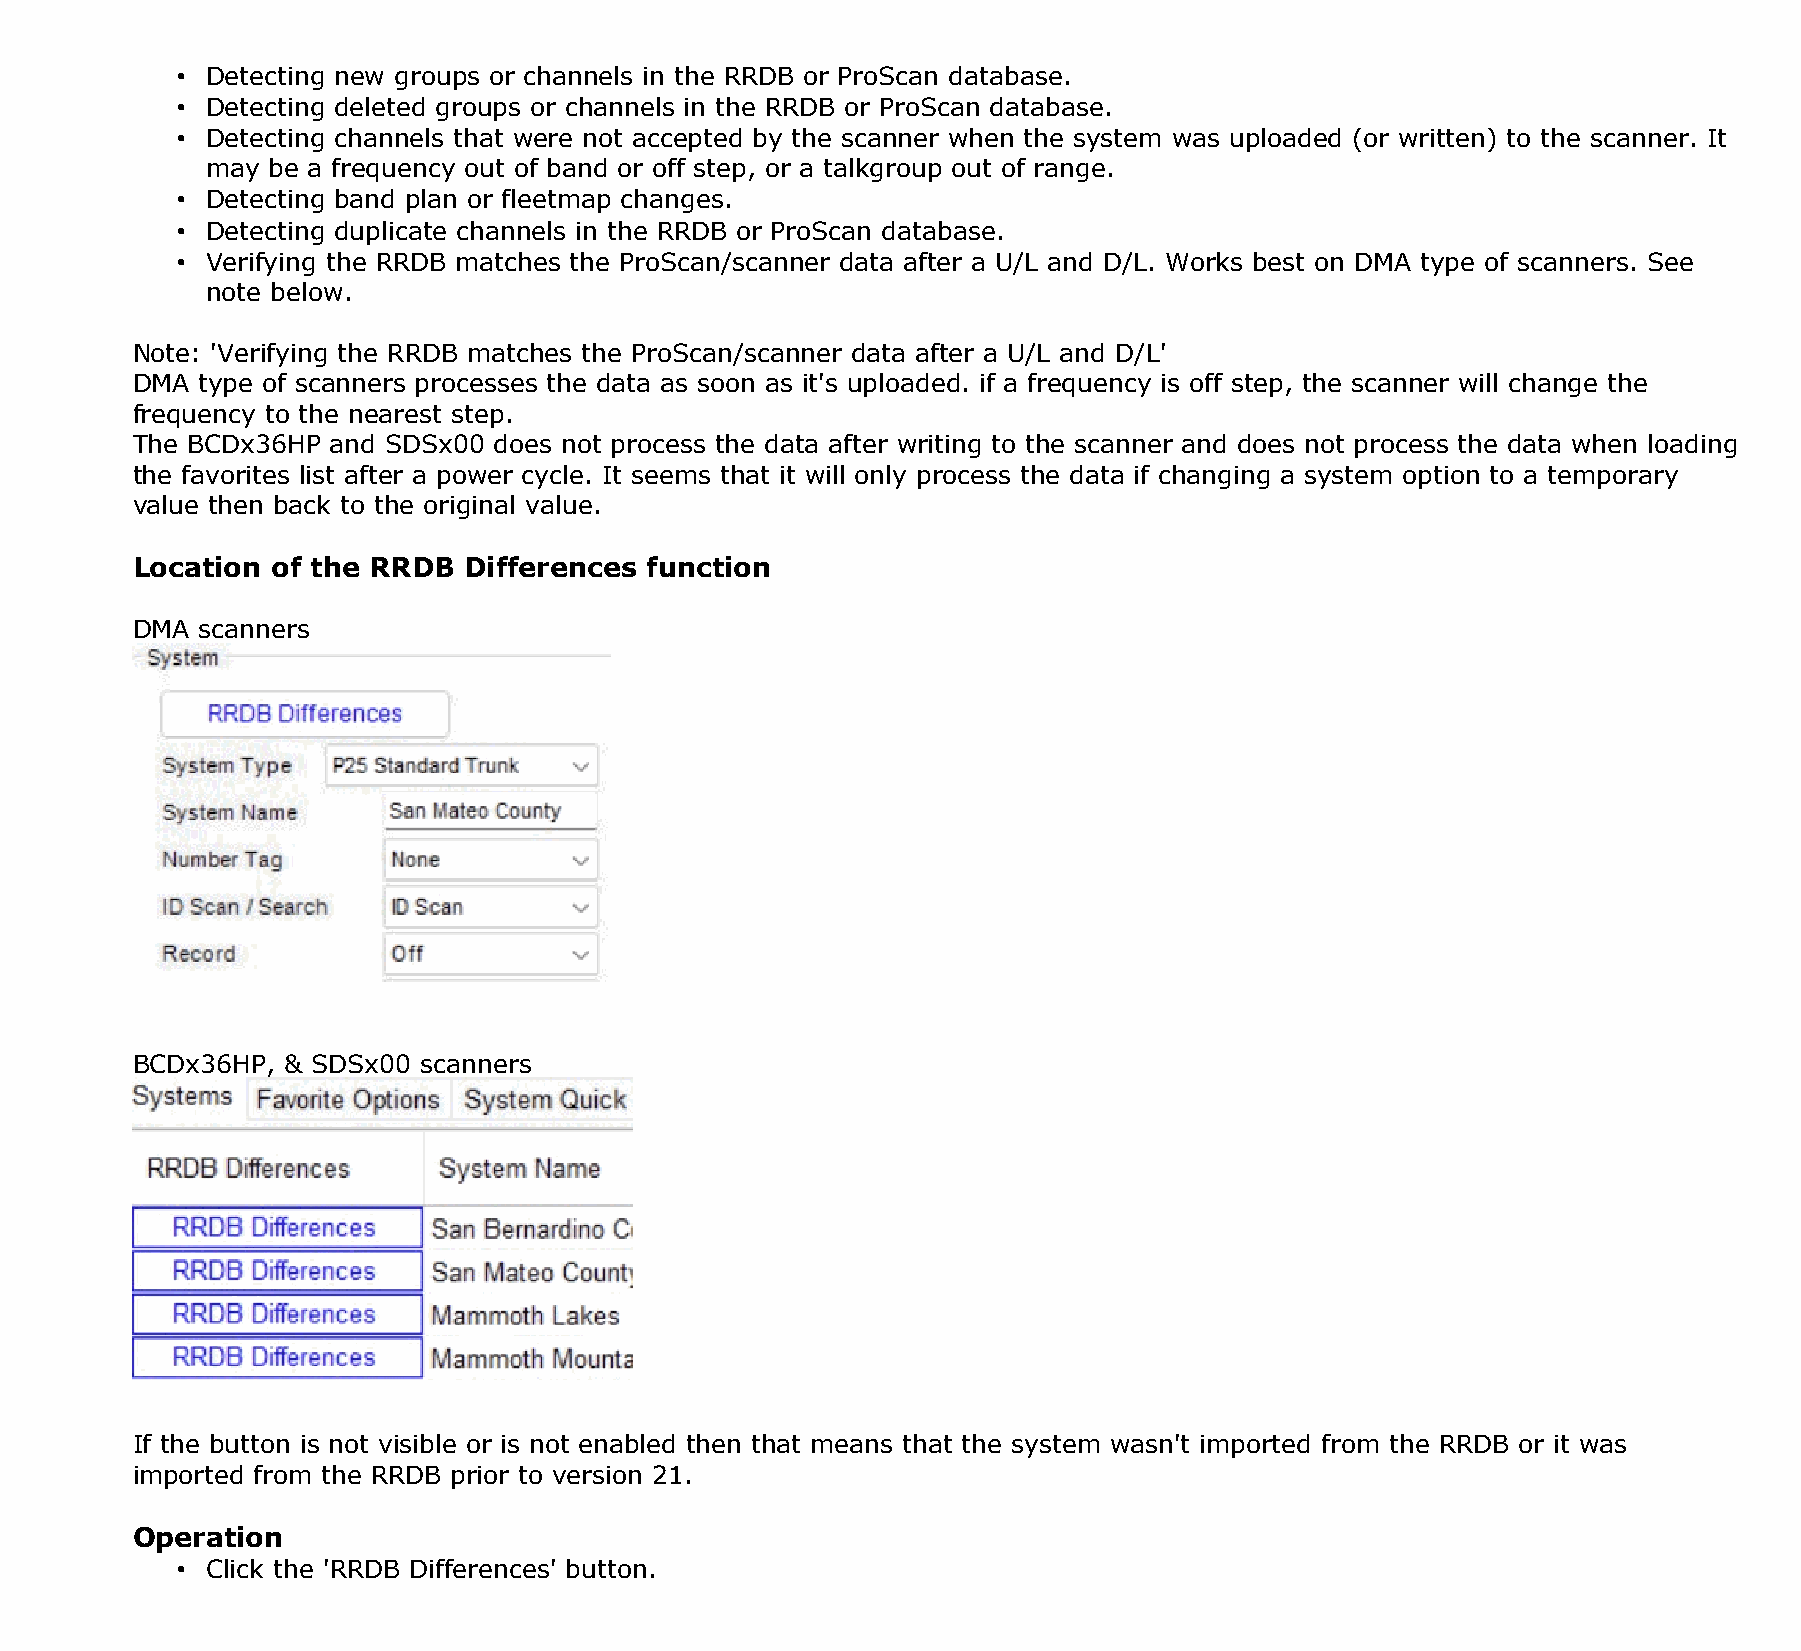
• Detecting new groups or channels in the RRDB or ProScan database.
 • Detecting deleted groups or channels in the RRDB or ProScan database.
 • Detecting channels that were not accepted by the scanner when the system was uploaded (or written) to the scanner. It
 may be a frequency out of band or off step, or a talkgroup out of range.
 • Detecting band plan or fleetmap changes.
 • Detecting duplicate channels in the RRDB or ProScan database.
 • Verifying the RRDB matches the ProScan/scanner data after a U/L and D/L. Works best on DMA type of scanners. See
 note below.
 Note: 'Verifying the RRDB matches the ProScan/scanner data after a U/L and D/L'
 DMA type of scanners processes the data as soon as it's uploaded. if a frequency is off step, the scanner will change the
 frequency to the nearest step.
 The BCDx36HP and SDSx00 does not process the data after writing to the scanner and does not process the data when loading
 the favorites list after a power cycle. It seems that it will only process the data if changing a system option to a temporary
 value then back to the original value.
 Location of the RRDB  Differences function
 DMA scanners
 BCDx36HP, & SDSx00 scanners
 If the button is not visible or is not enabled then that means that the system wasn't imported from the RRDB or it was
 imported from the RRDB prior to version 21.
 Operation
 • Click the 'RRDB Differences' button.